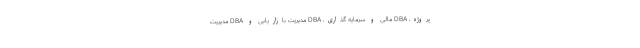
پروژه، DBA مالی و سرمایه گذاری، DBA مدیریت بازاریابی و DBA مدیریت